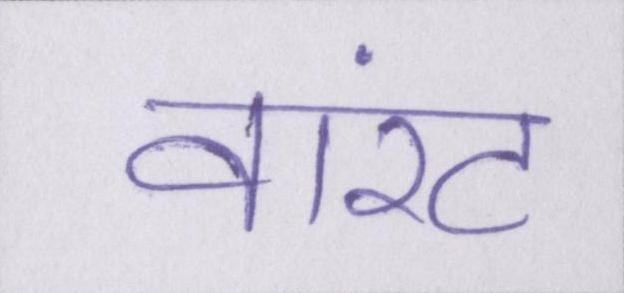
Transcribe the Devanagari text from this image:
वारंट